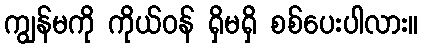
ကျွန်မကို ကိုယ်ဝန် ရှိမရှိ စစ်ပေးပါလား။